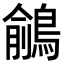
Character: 𪃎